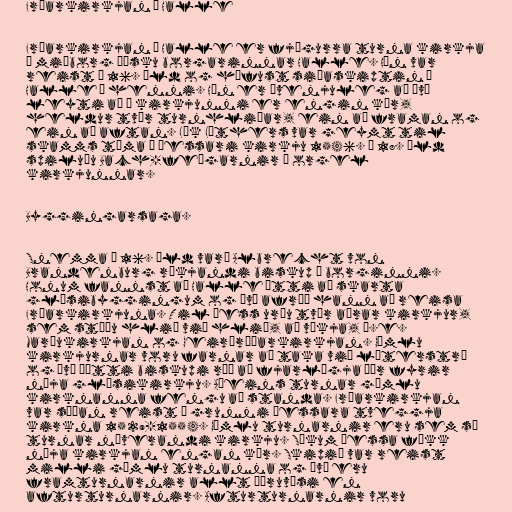
Frúarkirkjan í Halle

Frúarkirkjan í Halle er fjögurra turna kirkja
í miðborg þýsku borgarinnar Halle. Hún var
reist á 16. öld og hófust siðaskiptin í
Halle í henni. Hún er óvenjuleg að því
leyti að í kirkjunni er engin kór,
heldur tvær turnhliðar, ein að framan og
ein að aftan. Lík Lúthers var geymt til
skamms tíma í þessari kirkju 1546. Á 18. öld
spiluðu Bach-feðgarnir á orgel
kirkjunnar.

Byggingarsaga.

Snemma á 16. öld varð Albrecht von
Brandenburg ríkjandi biskup í borginni.
Honum fannst að Halle ætti að skarta
glæsibyggingum og því afréð hann að reisa
Frúarkirkjuna. Til þess urðu tvær aðrar kirkjur,
sem stóðu hlið við hlið, að víkja, þ.e.
Maríukirkjan og Geirþrúðarkirkjan. Gömlu
kirkjurnar voru farnar að taka við lúterstrú
og því þótti biskupi ráð að fjarlægja þær fyrir
nýja glæsikirkju. Aðeins turnar gömlu
kirknanna fengu að standa. Frúarkirkjan
var síðan reist á grunni þessara tveggja
kirkna 1529-1554. Gömlu turnarnir eru sem sé
turnar núverandi kirkju. Sökum þessa fékk
nýja kirkjan engan kór. Skipið var reist
milli gömlu turnanna og því eru
framturnarnir allt öðruvísi en
afturturnarnir. Afturturnarnir voru